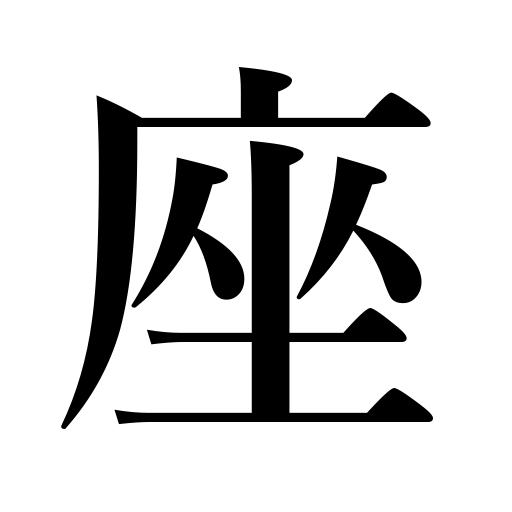
Meanings: throne,seat,constellation,stand,sit down,a gathering,squat down,theater,metal washer,platform,eyes are fixed on,troupe,cushion,pedestal